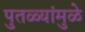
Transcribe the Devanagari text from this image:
पुतळ्यांमुळे